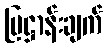
ပြဋ္ဌာန်းချက်